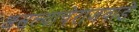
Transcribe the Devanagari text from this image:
असल्याचेराजवाडे